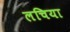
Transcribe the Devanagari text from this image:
लचिया